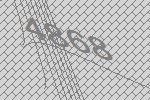
4868